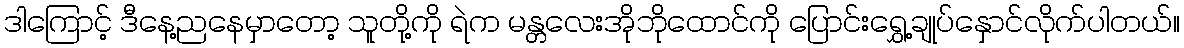
ဒါကြောင့် ဒီနေ့ညနေမှာတော့ သူတို့ကို ရဲက မန္တလေးအိုဘိုထောင်ကို ပြောင်းရွှေ့ချုပ်နှောင်လိုက်ပါတယ်။